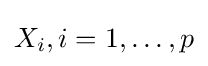
X_{i},i=1,\ldots ,p